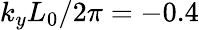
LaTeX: k_{y}L_{0}/2\pi=-0.4